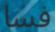
فسا